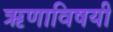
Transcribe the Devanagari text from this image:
ऋणाविषयी